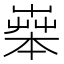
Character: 𦱧